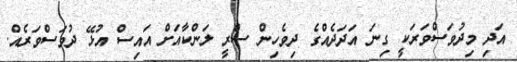
އަދި މިދުވަސްވަރަކީ ގިނަ އަދަދެއްގެ ދިވެހިން ސްރީ ލަންކާއަށް އައިސް އުޅޭ ދުވަސްވަރެއް.